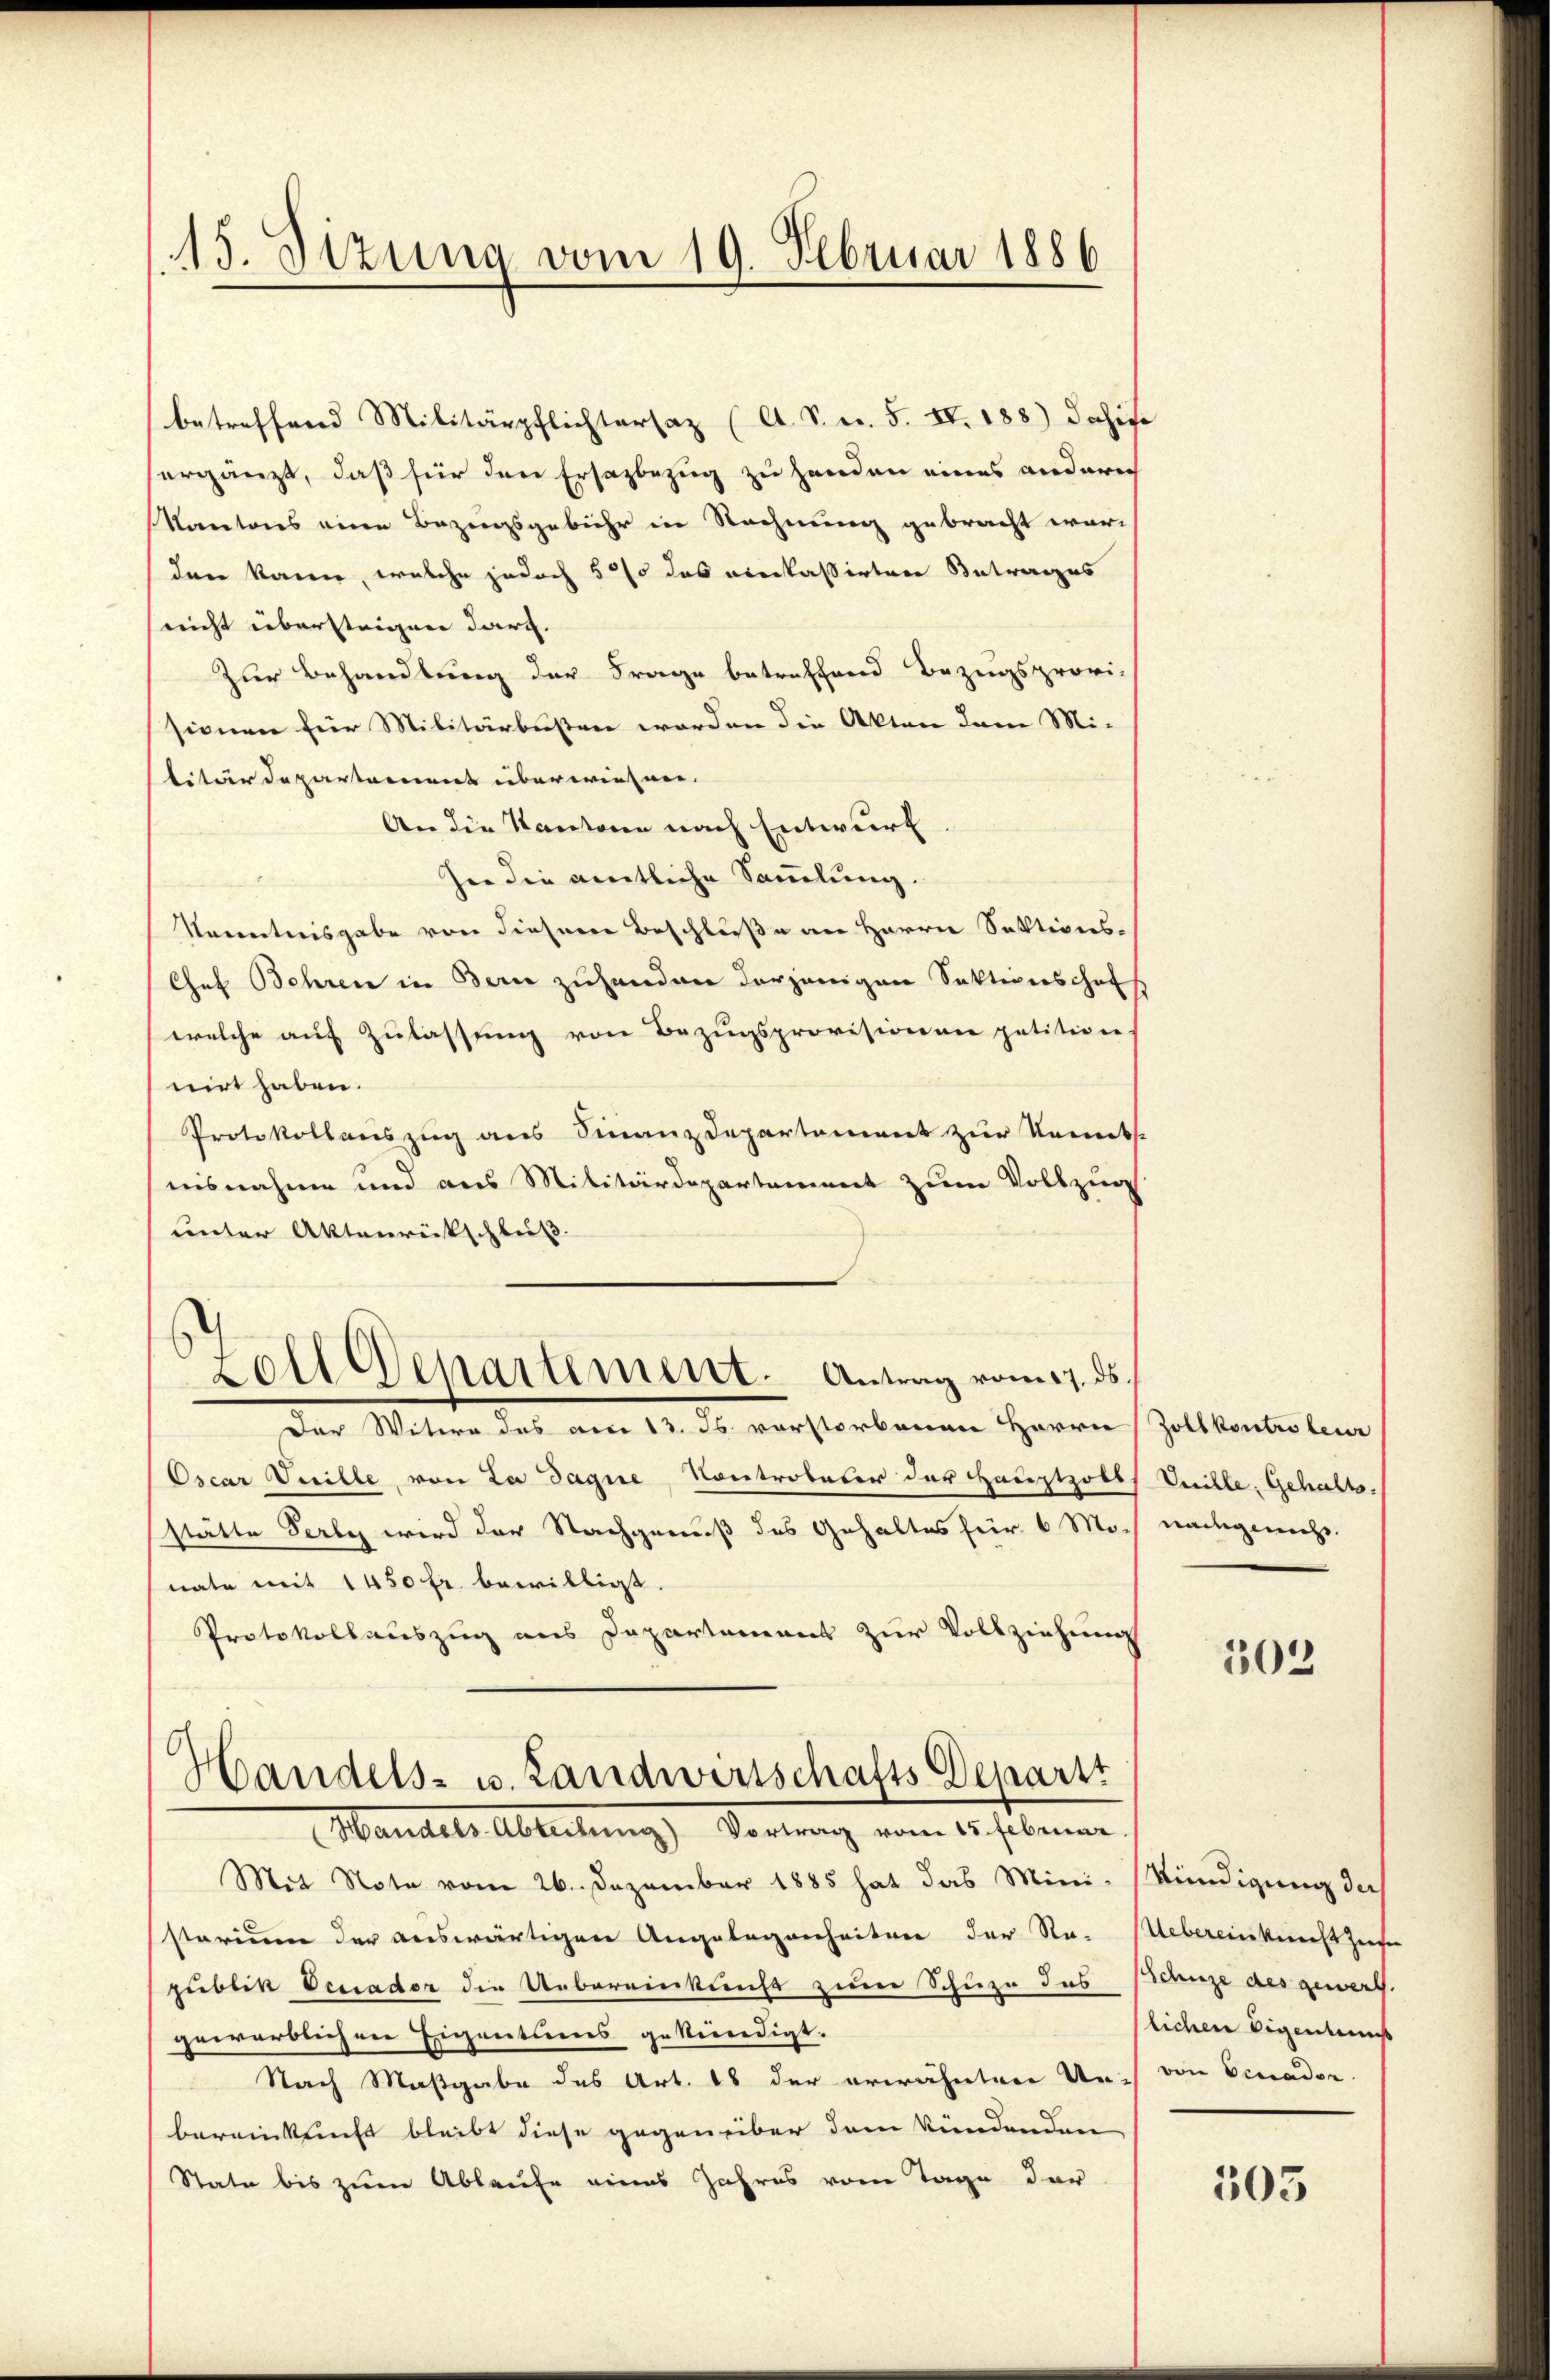
15. Sizung vom 19. Februar 1886

betreffend Militärpflichtersaz (A. S. Nr. 5. IV. 188) dahif.
ergänzt, daß für den Ersazbezug zu Handen eines anderic
Kantons eine Bezugsgebühr in Rechnung gebracht war,
den kann, welche jedoch 50 das anerkassirten Antrages
nicht überstrigen darf.
Zur Behandlung der Frage betreffend Bezugsprovi-
sionen für Militärbußen worden die Akten dem Mi-
litärdepartement überwiesen.
An die Kantone nach Entwurf
her die amtliche Sammlung.
Kenntnisgabe von diesere Beschluße an Herrn Sektions-
Chef Behren in Bern zuhanden derjenigen Sektionschaf
welche auf Zulassung von Bezugsprovisionen petitiven,
nirt haben.
Protokollauszug aus Finanzdepartement zur Kennts.
nisnahme und aus Militärdepartement zum Vollzug
unter Aktenrückschluß. |
Zoll Departement. Antrag vom 17. ds.
Der Witere des am 13. ds verstorbenen Herrn
Oscar Deille, von La Jague, Kontrobeter der Hauptzolls Knille. Gehaltsstätte Serly wird der Nachgenuß des Gehaltes für 6 Monate mit 1450 fr. bewilligt.
Protokollauszug aus Departamens zur Vollziehung

Handels- u. Landwirtschafts Deparit
Handels Abteilung) Vortrag vom 15. Februar.

Mit Note vom 26. Dezember 1885 hat das Mini- Mündigung der
storium der auswärtigen Angelegenheiten der Ro-Uebereinkunft ziehe
publik Occiader die Uebereinkunft zum Schnee das Schuze des gewert-
gewerblichen Eigentums gekündigt.
Nach Maßgabe des Art. 18 der erwähnten Un- von Einador
bereinkunft bleibt diese gegenüber dem kündenden
State bis zum Ablaufe eines Jahres vom Tage der

Zollkontroleur
nachgenuss.

302

lichen Eigentums

303